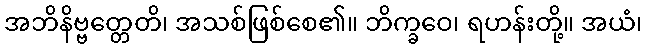
အဘိနိဗ္ဗတ္တေတိ၊ အသစ်ဖြစ်စေ၏။ ဘိက္ခဝေ၊ ရဟန်းတို့။ အယံ၊